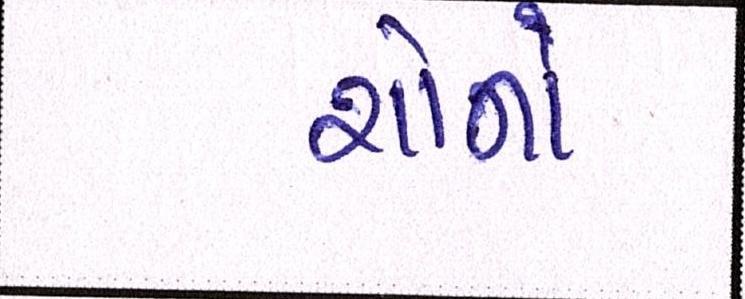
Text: શૉનો